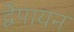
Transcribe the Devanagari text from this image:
द्वेैपायन